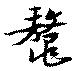
鼇